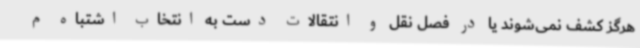
هرگز کشف نمی‌شوند یا در فصل نقل و انتقالات دست به انتخاب اشتباه م